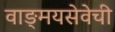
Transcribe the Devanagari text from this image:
वाङ्‌मयसेवेची